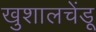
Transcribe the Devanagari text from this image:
खुशालचेंडू